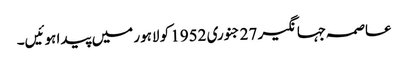
عاصمہ جہانگیر 27 جنوری 1952 کو لاہور میں پیدا ہوئیں۔